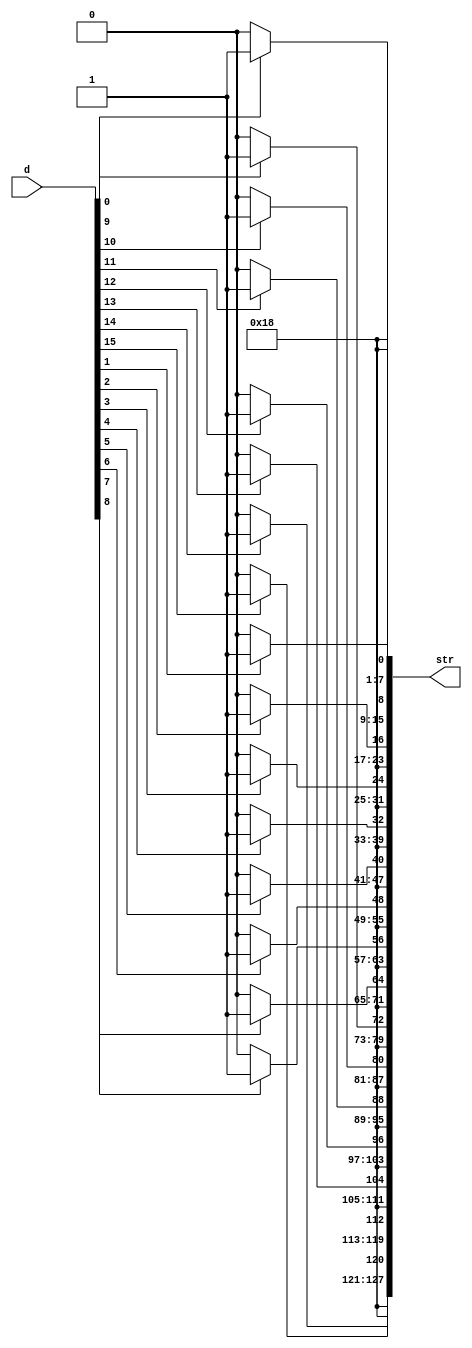
`timescale 1ns / 1ps
//////////////////////////////////////////////////////////////////////////////////
// Company: 
// Engineer: 
// 
// Design Name: 
// Module Name: d2str
// Project Name: 
// Target Devices: 
// Tool Versions: 
// Description: 
// 
// Dependencies: 
// 
// Revision:
// Revision 0.01 - File Created
// Additional Comments:
// 
//////////////////////////////////////////////////////////////////////////////////


module D2STR_B#
    (
    parameter integer len = 16 // Symbols to show
    )
    (
        output wire [127:0] str,
        input wire [len-1:0] d
    );
    genvar i;
    generate
    for (i = 0; i < len; i = i + 1) begin
        assign str[8*i+7:8*i] = d[i]? "1" : "0";
    end
    for (i = len; i < 16; i = i + 1) begin
        assign str[8*i+7:8*i] = ".";
    end
    endgenerate
endmodule